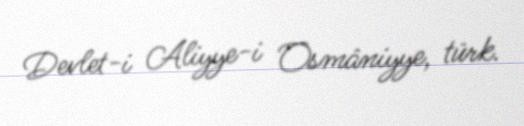
Devlet-i Aliyye-i Osmâniyye, türk.